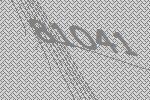
81041